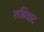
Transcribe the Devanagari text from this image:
रुढिवाद